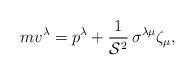
LaTeX: \begin{align*}m v^\lambda=p^{\lambda}+\frac{1}{{\cal S}^2}\,\sigma^{\lambda\mu}\zeta_{\mu}, \end{align*}